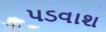
પડવાશ